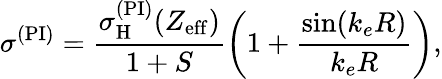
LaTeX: \sigma^{(\mathrm{PI})}=\frac{\sigma_{\mathrm{H}}^{(\mathrm{PI})}(Z_{\mathrm{eff}})}{1+S}\left(1+\frac{\sin(k_{e}R)}{k_{e}R}\right),